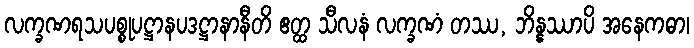
လက္ခဏရသပစ္စုပဋ္ဌာနပဒဋ္ဌာနာနီတိ ဧတ္ထ သီလနံ လက္ခဏံ တဿ, ဘိန္နဿာပိ အနေကဓာ၊